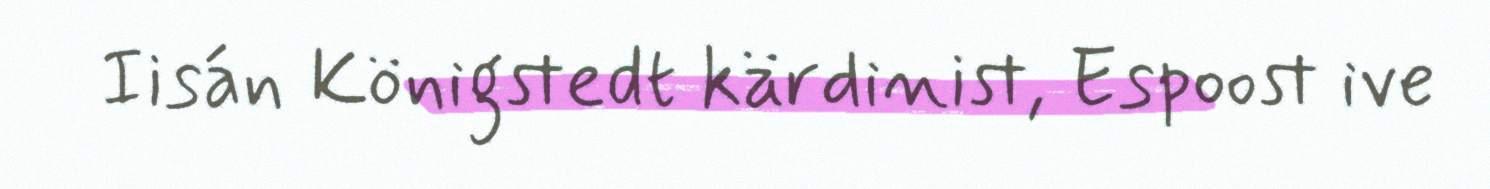
Iisán Königstedt kärdinist, Espoost ive